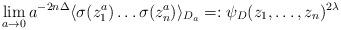
LaTeX: \begin{align*}\lim_{a\to 0} a^{-2n\Delta} \langle \sigma(z^a_1) \ldots \sigma(z^a_n) \rangle_{D_a} =: \psi_D(z_1,\ldots,z_n)^{2\lambda}\end{align*}